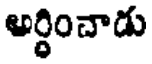
అర్ధించాడు